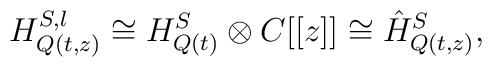
H_{Q(t,z)}^{S,l} \cong  H_{Q(t)}^{S} \otimes C[[z]] \cong\hat{H}_{Q(t,z)}^{S},